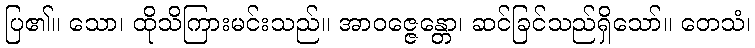
ပြ၏။ သော၊ ထိုသိကြားမင်းသည်။ အာဝဇ္ဇေန္တော၊ ဆင်ခြင်သည်ရှိသော်။ တေသံ၊